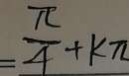
= \frac { \pi } { 4 } + k \pi